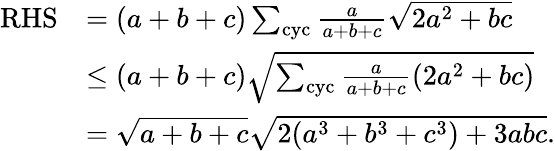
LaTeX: \begin{array}{rl}{\mathrm{RHS}}&{=(a+b+c)\sum_{\mathrm{cyc}}\frac{a}{a+b+c}\sqrt{2a^{2}+bc}}\\ &{\le(a+b+c)\sqrt{\sum_{\mathrm{cyc}}\frac{a}{a+b+c}(2a^{2}+bc)}}\\ &{=\sqrt{a+b+c}\sqrt{2(a^{3}+b^{3}+c^{3})+3abc}.}\end{array}